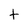
Character: t